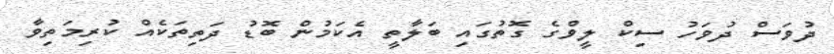
ދުވަސް ދުވަހު ސިކް ލީވްގެ ގޮތުގައި ބަލާތީ އެކަމުން ބޮޑު ދަތިތަކެއް ކުރިމަތިވާ